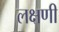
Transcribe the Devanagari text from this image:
लक्षणी